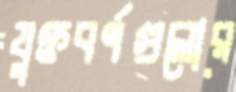
যুক্তবর্ণগুলোর